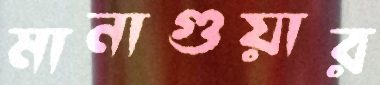
মানাগুয়ার